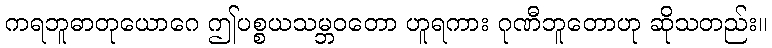
ကရဘူဓာတုယောဂေ ဤပစ္စယသမ္ဘဝတော ဟူရကား ဂုဏီဘူတောဟု ဆိုသတည်း။